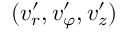
( v _ { r } ^ { \prime } , v _ { \varphi } ^ { \prime } , v _ { z } ^ { \prime } )